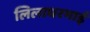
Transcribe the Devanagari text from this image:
लिलाधरभाई